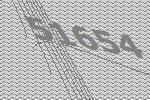
51654